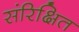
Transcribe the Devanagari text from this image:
संरिक्षित